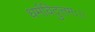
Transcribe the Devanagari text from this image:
धर्मविदुत्तमः।।